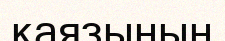
қаязының